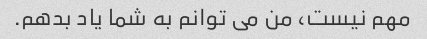
مهم نیست، من می توانم به شما یاد بدهم.